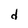
Character: d